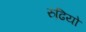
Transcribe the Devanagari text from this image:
रुढि़यो